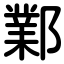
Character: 鄴